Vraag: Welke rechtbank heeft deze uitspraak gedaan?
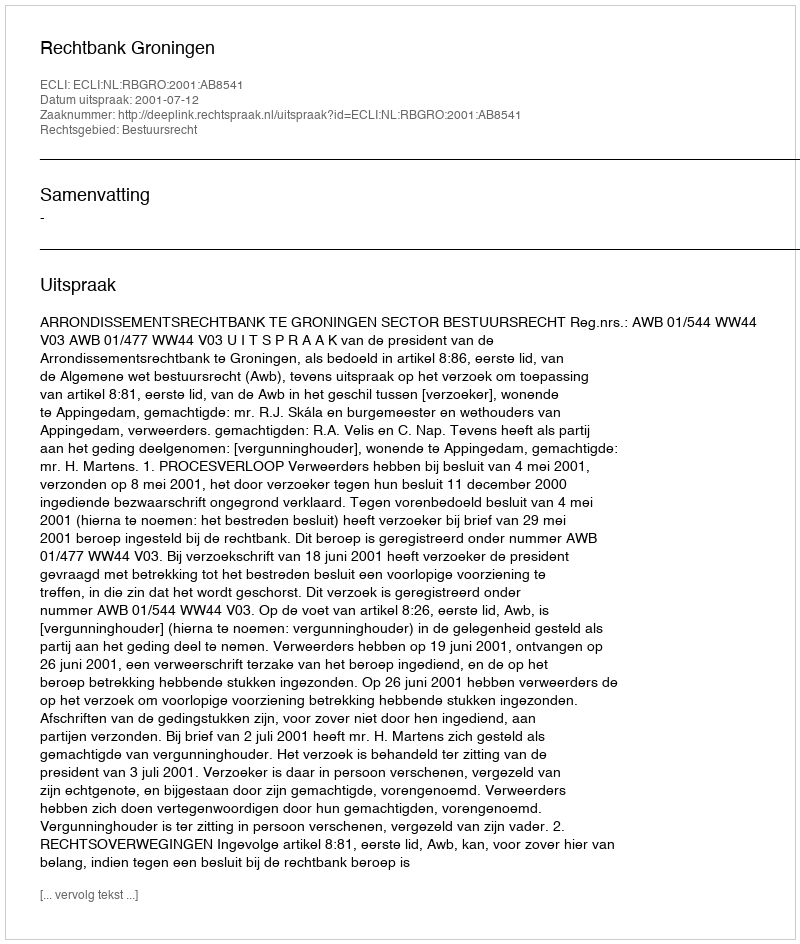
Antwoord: Rechtbank Groningen